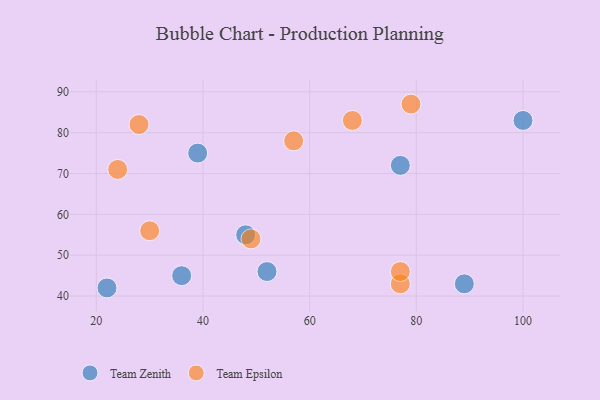
{"axis": {"x": "GDP", "y": "Life Expectancy"}, "legend": ["Team Epsilon", "Team Zenith"], "data": [{"x": "39", "y": 75, "type": "Team Zenith"}, {"x": "22", "y": 42, "type": "Team Zenith"}, {"x": "48", "y": 55, "type": "Team Zenith"}, {"x": "77", "y": 72, "type": "Team Zenith"}, {"x": "36", "y": 45, "type": "Team Zenith"}, {"x": "89", "y": 43, "type": "Team Zenith"}, {"x": "100", "y": 83, "type": "Team Zenith"}, {"x": "52", "y": 46, "type": "Team Zenith"}, {"x": "49", "y": 54, "type": "Team Epsilon"}, {"x": "57", "y": 78, "type": "Team Epsilon"}, {"x": "77", "y": 43, "type": "Team Epsilon"}, {"x": "24", "y": 71, "type": "Team Epsilon"}, {"x": "28", "y": 82, "type": "Team Epsilon"}, {"x": "79", "y": 87, "type": "Team Epsilon"}, {"x": "68", "y": 83, "type": "Team Epsilon"}, {"x": "30", "y": 56, "type": "Team Epsilon"}, {"x": "77", "y": 46, "type": "Team Epsilon"}]}